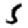
Digit: 5